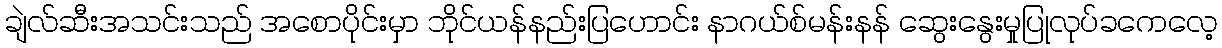
ချဲလ်ဆီးအသင်းသည် အစောပိုင်းမှာ ဘိုင်ယန်နည်းပြဟောင်း နာဂယ်စ်မန်းနန် ဆွေးနွေးမှုပြုလုပ်ခကေလေ့